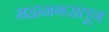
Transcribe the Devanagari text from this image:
महानगरांतून